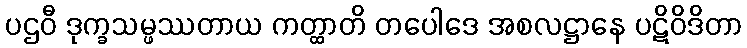
ပဌဝီ ဒုက္ခသမ္ဖဿတာယ ကတ္ထာတိ တပေါဒေ အစလဋ္ဌာနေ ပဋိဝိဒိတာ